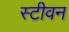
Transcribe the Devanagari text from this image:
स्‍टीवन